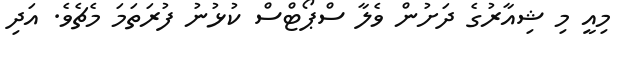
މިއީ މި ޝިއާރުގެ ދަށުން ވެލާ ސްޕޯޓްސް ކުޅުނު ފުރަތަމަ މެޗެވެ. އަދި